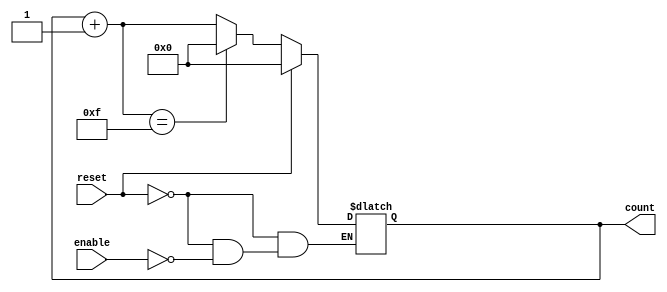
module async_counter (
    input wire enable,       // Enable signal for counting
    input wire reset,        // Asynchronous reset signal
    output reg [3:0] count   // 4-bit count output
);

// Asynchronous Reset and Counting Behavior
always @(*) begin
    if (reset) begin
        count = 4'b0000; // Reset the counter to 0
    end else if (enable) begin
        count = count + 1; // Increment the counter
        if (count == 4'b1111) begin
            count = 4'b0000; // Wrap around to 0 after 15
        end
    end
end

endmodule